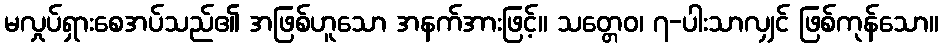
မလှုပ်ရှားစေအပ်သည်၏ အဖြစ်ဟူသော အနက်အားဖြင့်။ သတ္တေဝ၊ ၇-ပါးသာလျှင် ဖြစ်ကုန်သော။